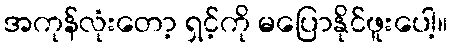
အကုန်လုံးတော့ ရှင့်ကို မပြောနိုင်ဖူးပေါ့။